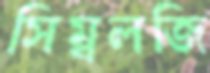
সিম্বলজি